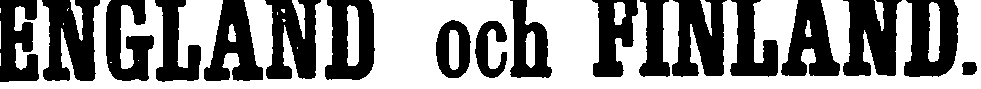
ENGLAND och FINLAND.